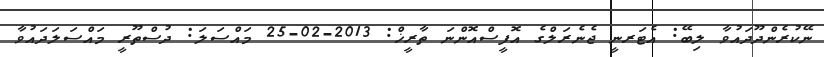
ނޭކުރެންދޫދައުވާ ލިބޭ: އެޓަރނީ ޖެނެރަލްގެ އޮފީސްއޮންނަ ތާރީޚް: 2013-02-25 މައްސަލަ: ދުސްތޫރީ މައްސަލަދައުވާ